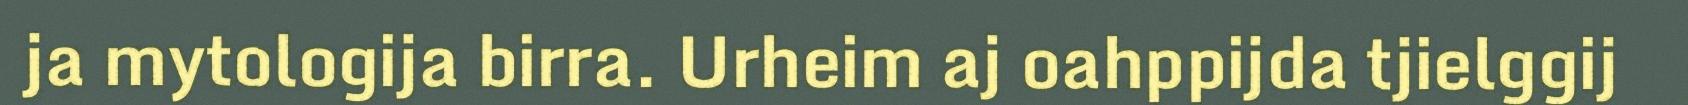
ja mytologija birra. Urheim aj oahppijda tjielggij